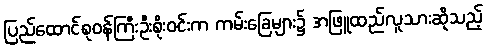
ပြည်ထောင်စုဝန်ကြီးဦးစိုးဝင်းက ကမ်းခြေများ၌ အဖြူထည်လူသားဆိုသည့်